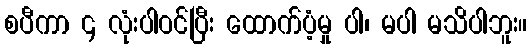
စပီကာ ၄ လုံးပါဝင်ပြီး ထောက်ပံ့မှု ပါ၊ မပါ မသိပါဘူး။